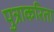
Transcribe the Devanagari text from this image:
पुत्राकरिता